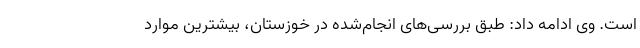
است. وی ادامه داد: طبق بررسی‌های انجام‌شده در خوزستان، بیشترین موارد